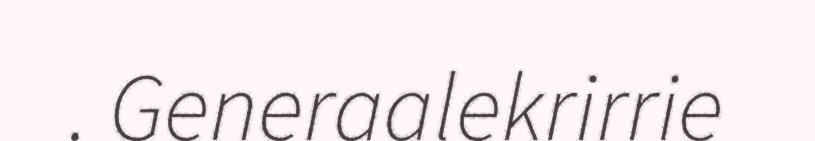
. Generaalekrirrie